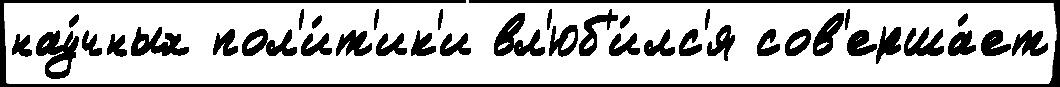
нау́чных пол'и́т'ик'и вл'юб'и́лс'я сов'ерша́ет